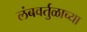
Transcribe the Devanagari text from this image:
लंबवर्तुळाच्या